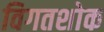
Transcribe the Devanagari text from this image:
विगतशोक